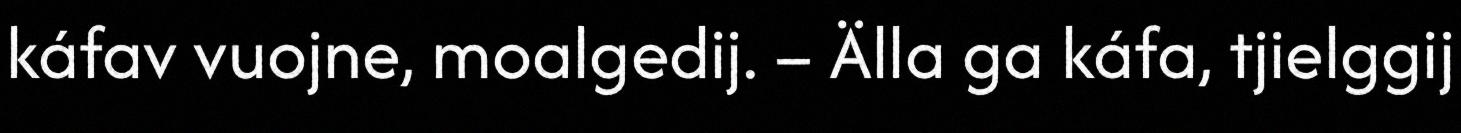
káfav vuojne, moalgedij. – Älla ga káfa, tjielggij